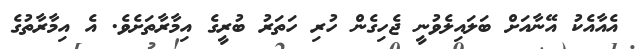
އެއާއެކު އޭނާއަށް ބަލައިލެވުނީ ޖެހިގެން ހުރި ހަތަރު ބުރީގެ އިމާރާތަށެވެ. އެ އިމާރާތުގެ